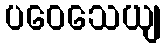
ပဝေသေယျ